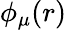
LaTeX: \phi_{\mu}(r)